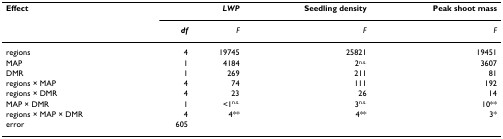
<table><thead><tr><td><b>Effect</b></td><td></td><td><b><i>LWP</i></b></td><td><b>Seedling density</b></td><td><b>Peak shoot mass</b></td></tr><tr><td></td><td><b><i>df</i></b></td><td><b><i>F</i></b></td><td><b><i>F</i></b></td><td><b><i>F</i></b></td></tr></thead><tbody><tr><td>regions</td><td>4</td><td>19745</td><td>25821</td><td>19451</td></tr><tr><td>MAP</td><td>1</td><td>4184</td><td>2<sup>n.s.</sup></td><td>3607</td></tr><tr><td>DMR</td><td>1</td><td>269</td><td>211</td><td>81</td></tr><tr><td>regions × MAP</td><td>4</td><td>74</td><td>111</td><td>192</td></tr><tr><td>regions × DMR</td><td>4</td><td>23</td><td>26</td><td>14</td></tr><tr><td>MAP × DMR</td><td>1</td><td>&lt;1<sup>n.s.</sup></td><td>3<sup>n.s.</sup></td><td>10**</td></tr><tr><td>regions × MAP × DMR</td><td>4</td><td>4**</td><td>4**</td><td>3*</td></tr><tr><td>error</td><td>605</td><td></td><td></td><td></td></tr></tbody></table>